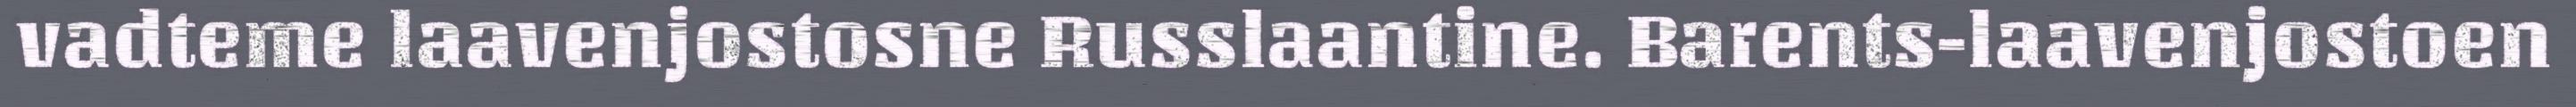
vadteme laavenjostosne Russlaantine. Barents-laavenjostoen